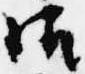
御